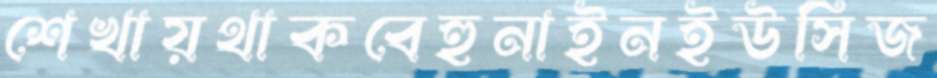
শেখায়থাকবেহুনাইনইউসিজ